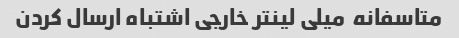
متاسفانه  میلی لینتر خارجی اشتباه ارسال کردن